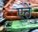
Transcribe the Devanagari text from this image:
एतें